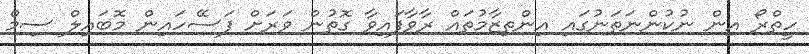
ހީތްރޯ އިން ނުކުންނަތަނުގައި އިންތިޒާމުތައް ރާވާފައިވާ ގޮތުން ވަރަށް ފަސޭހައިން މޮބައިލް ސިމް